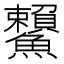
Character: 𩽓